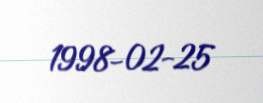
1998-02-25